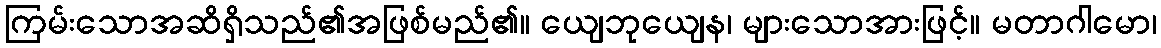
ကြမ်းသောအဆိရှိသည်၏အဖြစ်မည်၏။ ယျေဘုယျေန၊ များသောအားဖြင့်။ မတာဂါမော၊